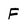
Character: F